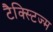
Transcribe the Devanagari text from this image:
टैक्स्टिज्म